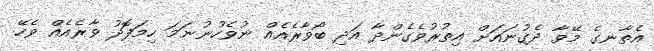
އެތާނގެ މޭވާ ދެގުނައަށް އިތުރުވެގެންދާ އަދި ބޯވާރެއެއް ނުވެހުނުނަމަ ހިމަފޮދު ވާރެއެއް ވެހޭ